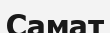
Самат